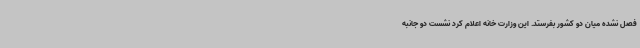
فصل نشده میان دو کشور بفرستد. این وزارت خانه اعلام کرد نشست دو جانبه